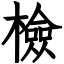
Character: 檢